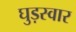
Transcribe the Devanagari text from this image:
घुड़स्वार